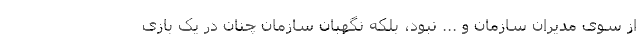
از سوی مدیران سازمان و ... نبود، بلکه نگهبان سازمان چنان در یک بازی